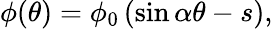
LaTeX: \phi(\theta)=\phi_{0}\left(\sin\alpha\theta-s\right),